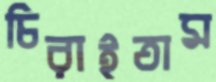
চিরাইতাম